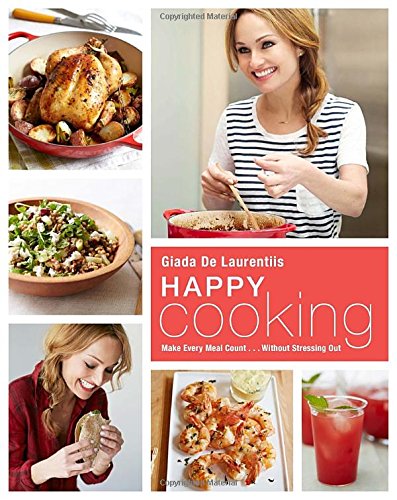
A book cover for Happy Cooking: Make Every Meal Count ... Without Stressing Out; Giada De Laurentiis; Cookbooks, Food & Wine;